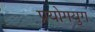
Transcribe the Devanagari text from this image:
प्रयोगयुग